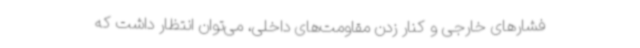
فشارهای خارجی و کنار زدن مقاومت‌های داخلی، می‌توان انتظار داشت که